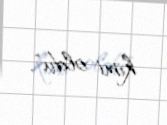
kimi oldu".